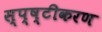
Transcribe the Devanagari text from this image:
स्प्ष्टीकरण